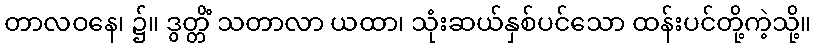
တာလဝနေ၊ ၌။ ဒွတ္တိံ သတာလာ ယထာ၊ သုံးဆယ်နှစ်ပင်သော ထန်းပင်တို့ကဲ့သို့။